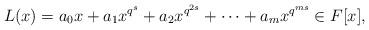
LaTeX: \begin{align*}L(x)=a_0x+a_1x^{q^s}+a_2x^{q^{2s}}+\cdots+a_m x^{q^{ms}} \in F[x],\end{align*}